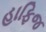
હાફિજ